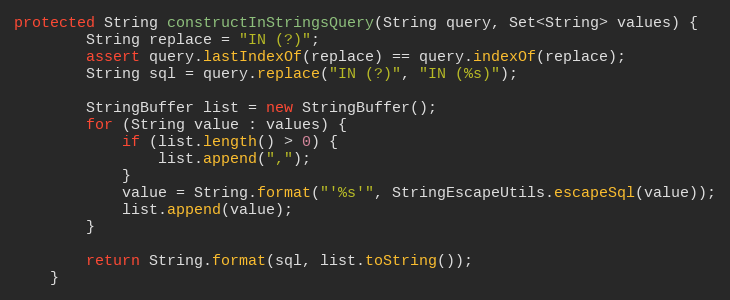
Language: Java
protected String constructInStringsQuery(String query, Set<String> values) {
        String replace = "IN (?)";
        assert query.lastIndexOf(replace) == query.indexOf(replace);
        String sql = query.replace("IN (?)", "IN (%s)");

        StringBuffer list = new StringBuffer();
        for (String value : values) {
            if (list.length() > 0) {
                list.append(",");
            }
            value = String.format("'%s'", StringEscapeUtils.escapeSql(value));
            list.append(value);
        }

        return String.format(sql, list.toString());
    }